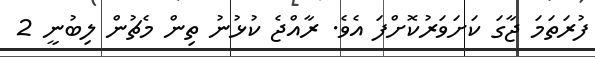
ފުރަތަމަ ޖާގަ ކަށަވަރުކޮށްފަ އެވެ. ރާއްޖެ ކުޅުނު ތިން މެޗުން ލިބުނީ 2